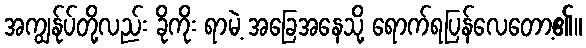
အကျွန်ုပ်တို့လည်း ခိုကိုး ရာမဲ့ အခြေအနေသို့ ရောက်ရပြန်လေတော့၏။